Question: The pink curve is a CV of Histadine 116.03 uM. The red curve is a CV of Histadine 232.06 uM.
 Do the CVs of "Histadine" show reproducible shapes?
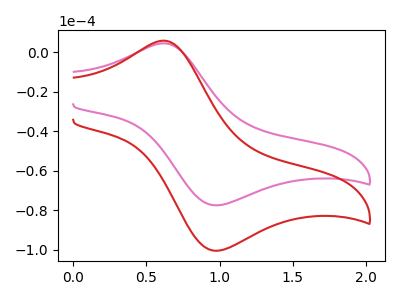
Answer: <think>The pink curve "Histadine 116.03 uM" has an anodic peak at (0.60V, 4.50uA) and a cathodic peak at (0.95V, -77.40uA). The red curve "Histadine 232.06 uM" has an anodic peak at (0.60V, 5.80uA) and a cathodic peak at (0.95V, -100.35uA).
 All the peaks in "Histadine 116.03 uM" have a peak in "Histadine 232.06 uM" at the same potential. Every peak in "Histadine 116.03 uM" is lower than every peak in "Histadine 232.06 uM".</think>
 <answer>All the CV's of "Histadine" have similar shape.</answer>
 <eval>follow_rule</eval>